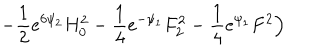
- \frac { 1 } { 2 } e ^ { 6 \psi _ { 2 } } H _ { 0 } ^ { 2 } - \frac { 1 } { 4 } e ^ { - \psi _ { 1 } } F _ { 2 } ^ { 2 } - \frac { 1 } { 4 } e ^ { \psi _ { 1 } } F ^ { 2 } \Big )